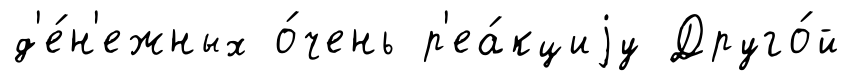
д'е́н'ежных о́чень р'еа́кциjу Друго́й